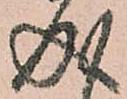
成